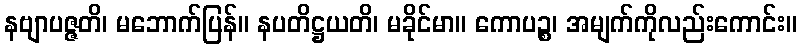
နဗျာပဇ္ဇတိ၊ မဘောက်ပြန်။ နပတိဋ္ဌယတိ၊ မခိုင်မာ။ ကောပဉ္စ၊ အမျက်ကိုလည်းကောင်း။